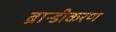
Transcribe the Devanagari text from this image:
ब्रान्डीकरण